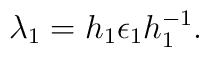
\lambda_1=h_1\epsilon_1h^{-1}_1.